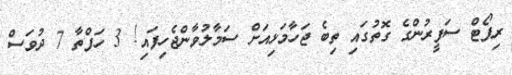
ރިޕޯޓް ސަފީރުންގެ ގޮތުގައި ތިބެ ޖަހާމަޅިއަށް ސަމާލުވާންޖެހިފައި! 3 ހަފްތާ 7 ދުވަސް